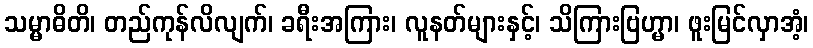
သမ္မာဓိတိ၊ တည်ကုန်လိလျက်၊ ခရီးအကြား၊ လူနတ်များနှင့်၊ သိကြားဗြဟ္မာ၊ ဖူးမြင်လှာအံ့၊